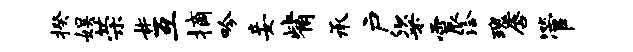
揆娱荣#互摘吟妾觜承户粢震洽瑰唇管